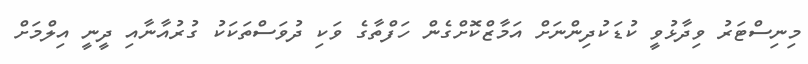
މިނިސްޓަރު ވިދާޅުވީ ކުޑަކުދިންނަށް އަމާޒްކޮށްގެން ހަފްތާގެ ވަކި ދުވަސްތަކަކު ގުރުއާނާއި ދީނީ އިލްމަށް